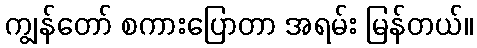
ကျွန်တော် စကားပြောတာ အရမ်း မြန်တယ်။